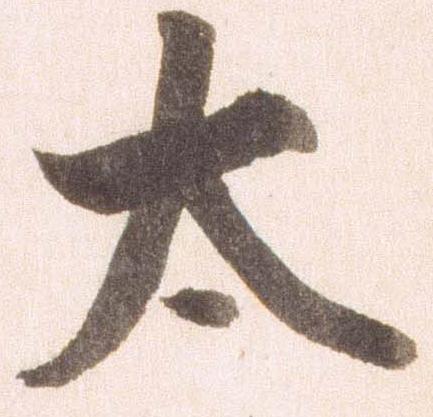
大